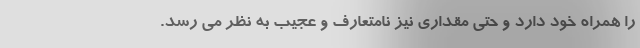
را همراه خود دارد و حتی مقداری نیز نامتعارف و عجیب به نظر می رسد.